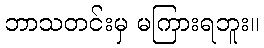
ဘာသတင်းမှ မကြားရဘူး။